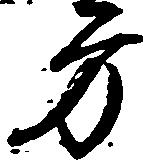
方